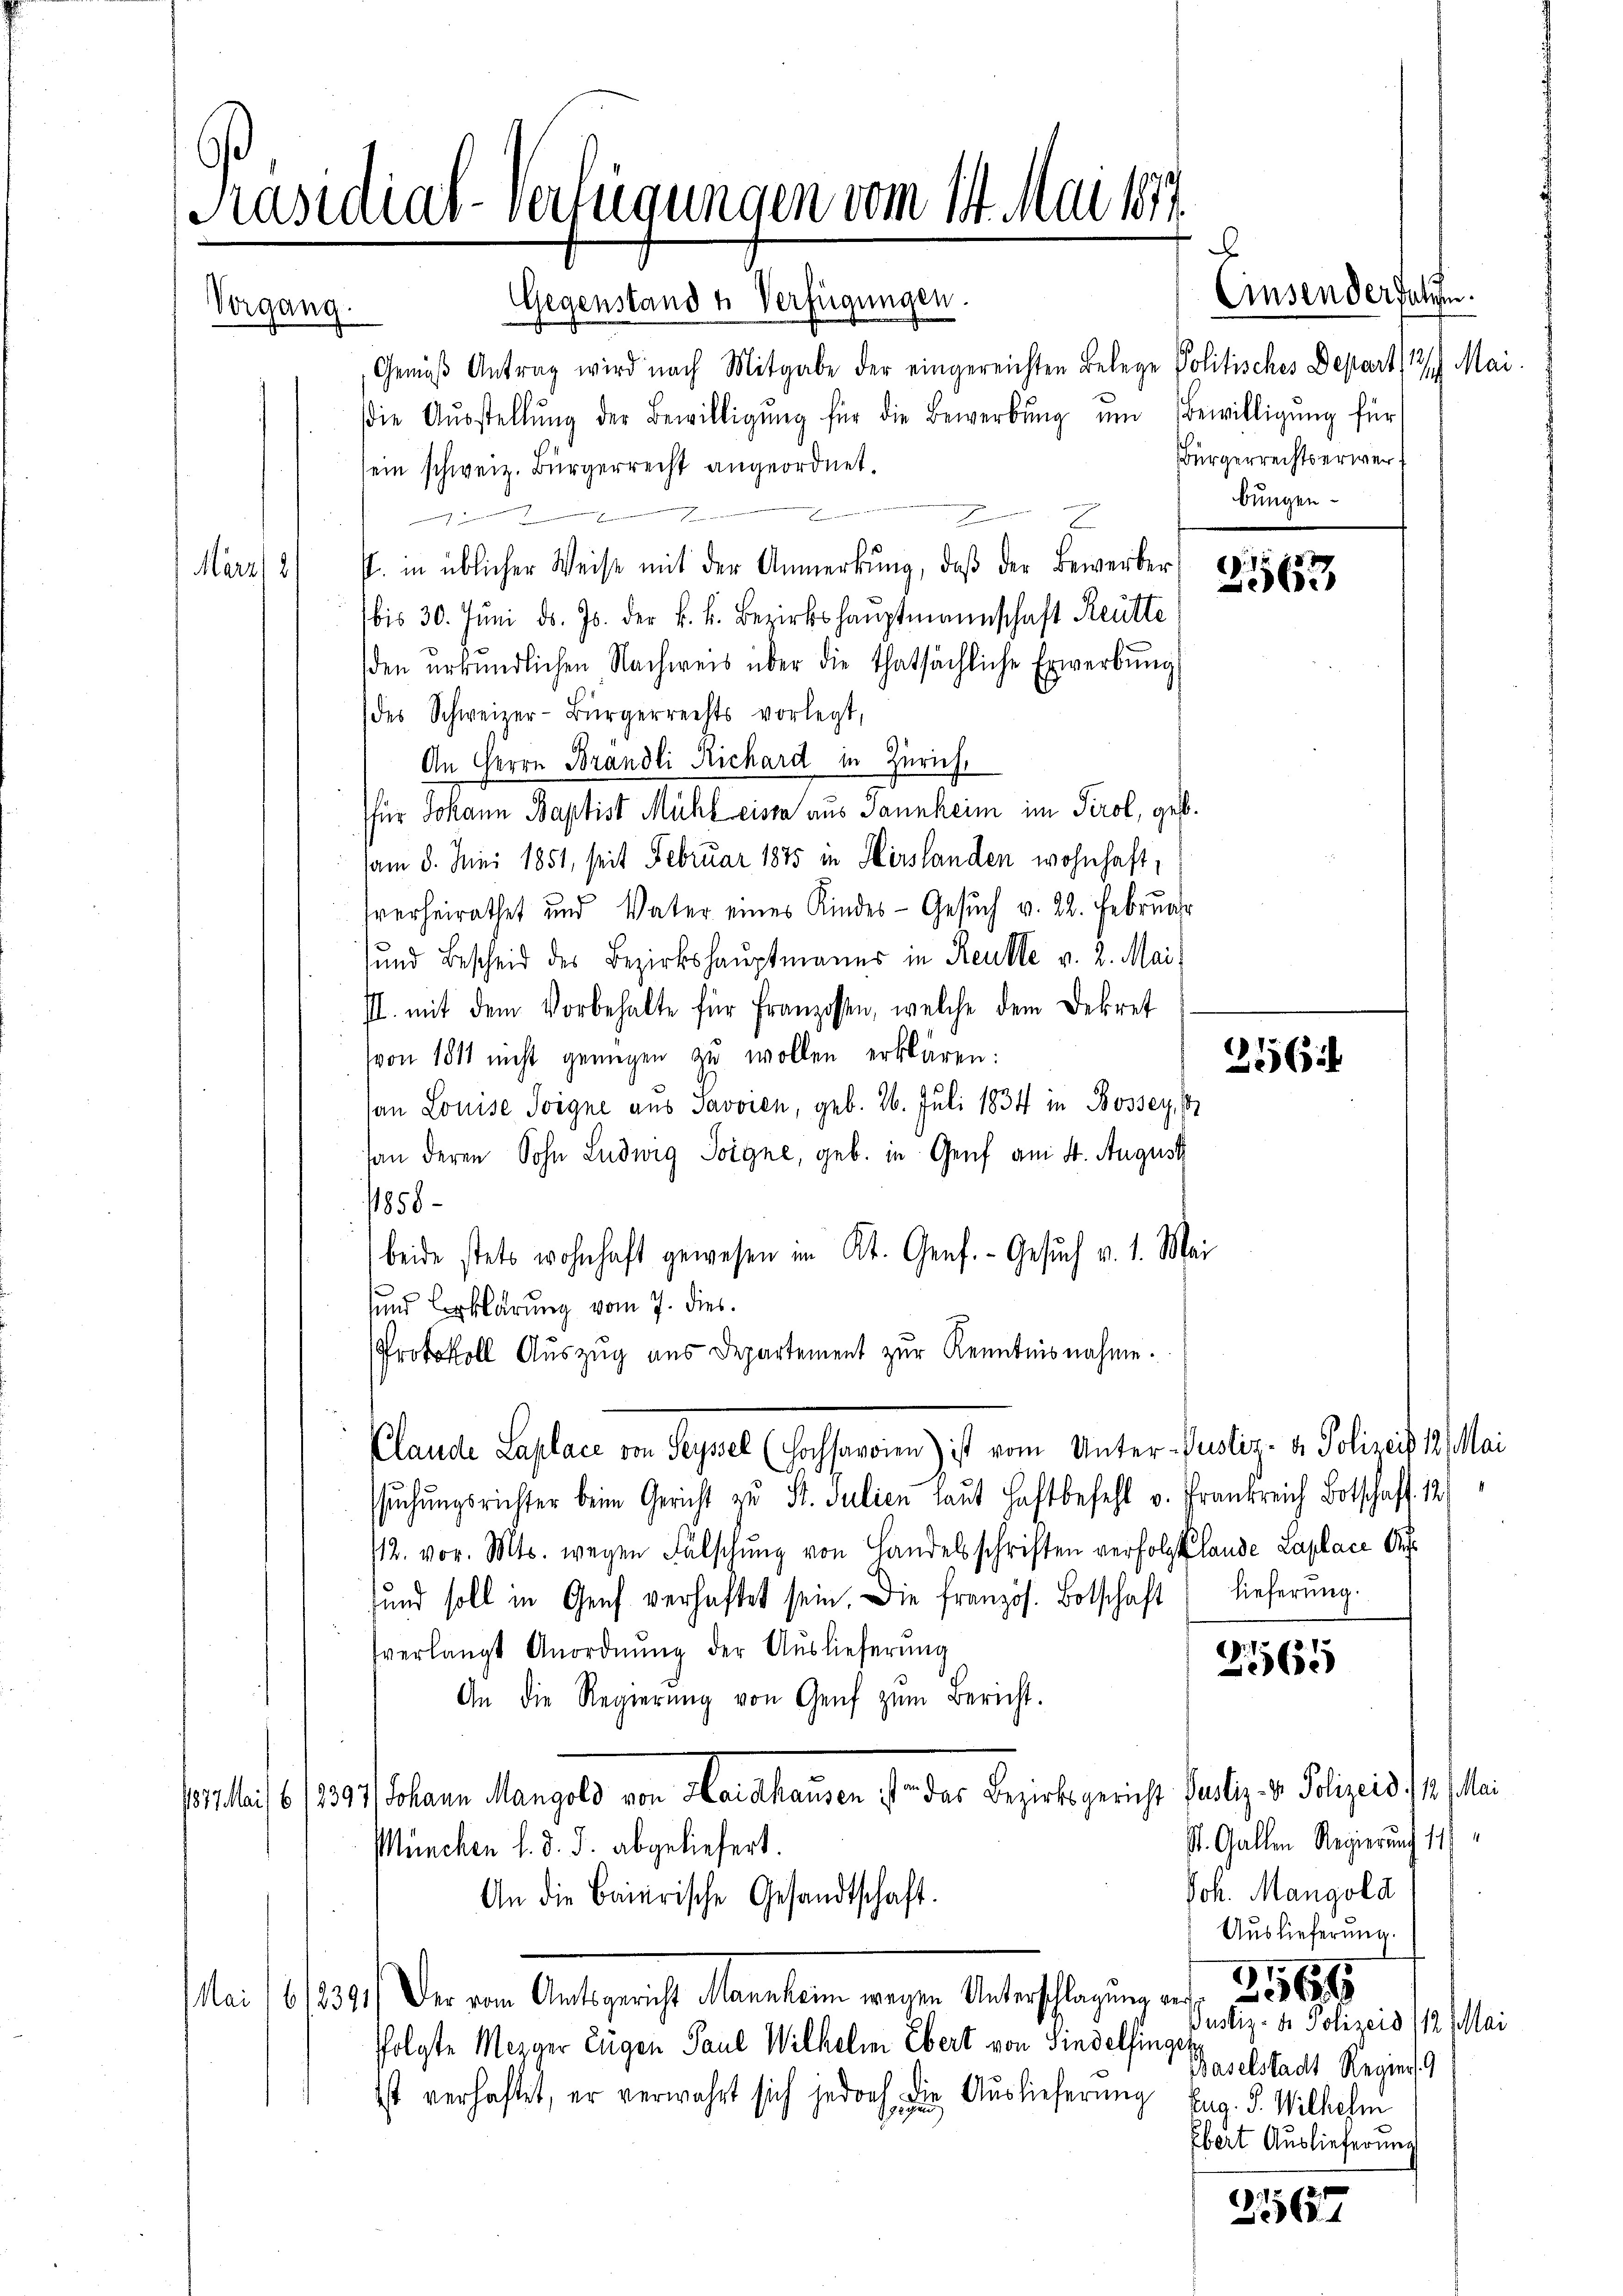
Präsidial-Verfügungen vom 14. Mai 1877.
Gegenstand u Verfügungen.
Vorgang.

Gemäß Antrag wird nach Mitgabe der eingereichten Belege Politisches Depart 131. Mai
die Aŭsstellŭng der Bewilligŭng für die Bewerbŭng ŭm Bewilligŭng für
ein schweiz. Bürgerrecht angeordnet.
onnen sie
P. in üblicher Weise mit der Anmerkŭng, daβ der Bewerber
März 8
bis 30. Jŭni d. Js. der k. k. Bezirkshauptmannschaft Reutte
den urkundlichen Nachweis über die thatsächliche Erwerbŭng
des Schweizer-Bürgerrechts vorlegt,
An Herrn Brandli Richard in Zürich,
für Johann Baptist Mühleiste aus Tannheim im Tirol, geb.
am 8. Juni 1851, seit Februar 1875 in Hirslanden wohnhaft,
sverheirathet und Vater eines Kindes- Gesŭch v. 22. Februar
sund Bescheid des Bezirkshauptmanns in Reute v. 2. Mai
I. mit dem Vorbehalte für Franzossen, welche dem Dekret
von 1811 nicht genügen zŭ wollen erklären:
han Louise Toigne aus Javoien, geb. 26. Juli 1834 in Bossey,
tan deren Sohn Ludwig Soigne, geb. in Genf am 4. August
1858
beide stets wohnhaft gewesen im Kt. Genf. Gesŭch v. 1. Mai
und Erklärung vom 7. dies
Protokoll Auszug aus Departement zur Kenntnisnahme.
Plaude Laplace von Seysel (Hochsoronn) ist vom Unter-Justiz- & Polizeis 19. Mai
ssuchungsrichter beim Gericht zu St. Julien laut Haftbefehl v. Frankreich Botschaft. 121
112. vor. Mts. wegen Fälschŭng von Handelsschriften verfolgt lande Laplace Auf¬
und soll in Genf verhaftet sein. Die französ. Botschaft lieferŭng.
verlangt Anordnŭng der Auslieferŭng
2165
An die Regierŭng von Genf zŭm Bericht.
o. Mit 6.1239) Johann Mangeld von Hanshausen in der Bezirksgericht Peutig. v. Polizeis 1. Mai
St. Gallen Regierung 11
München l. d. J. abgeliefert.
Joh. Mangold
An die Baierische Gesandtschaft.
Auslieferung.
Mai 16/239) Der vom Amtsgericht Mannheim wegen Unterschlagung vnd 1568
Justiz- u. Polizeis 1/12. Mai
ffolgte Mezger Eigen Paul Wilhelm Ebert von Findelfinges
Baselstadt Regier
ist verhaftet, er verwahrt sich jedoch
 den Auslieferung
Eug. J. Wilhelm
Ebert Auslieferung
2567

Einsendersehen.
Bürgerrechtserwerbungen

263

316